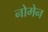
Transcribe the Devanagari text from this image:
नोमेन